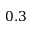
0 . 3